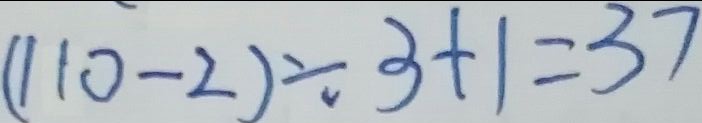
( 1 1 0 - 2 ) \div 3 + 1 = 3 7